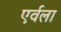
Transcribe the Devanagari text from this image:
एर्वला